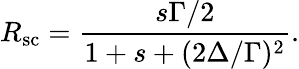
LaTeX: R_{\mathrm{sc}}=\frac{s\Gamma/2}{1+s+(2\Delta/\Gamma)^{2}}.